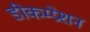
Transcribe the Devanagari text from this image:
डीकम्प्रेशन